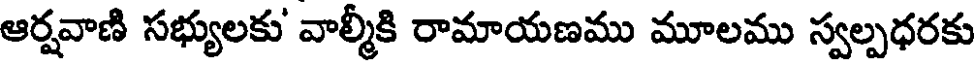
ఆర్షవాణి సభ్యులకు' వాల్మీకి రామాయణము మూలము స్వల్పధరకు